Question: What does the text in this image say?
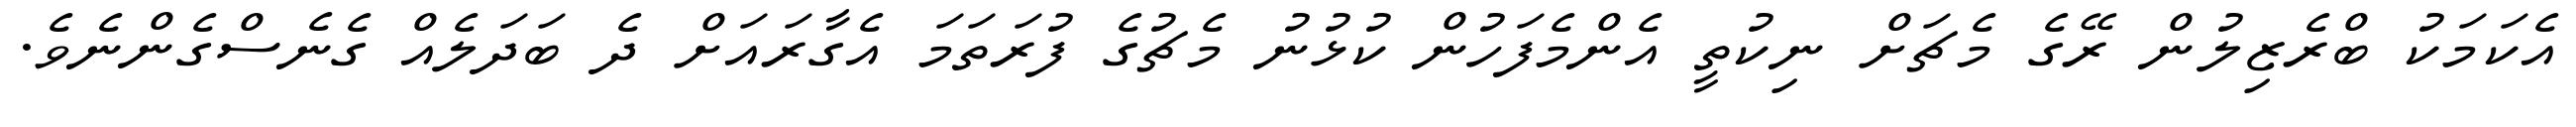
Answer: އެކަމަކު ބްރެޒިލުން ރޭގެ މެޗަށް ނިކުތީ އެންމެފަހުން ކުޅުނު މެޗުގެ ފުރަތަމަ އެގާރައަށް ދެ ބަދަލެއް ގެނެސްގެންނެވެ.